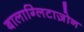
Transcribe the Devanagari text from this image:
बालाग्लिटाज़ोन